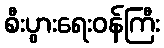
စီးပွားရေးဝန်ကြီး